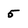
Character: 5